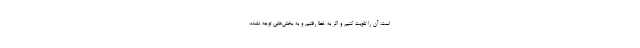
است، آن را تقویت کنیم و اگر به خطا رفتیم و به بخش‌هایی توجه نشده،